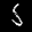
Label: 5